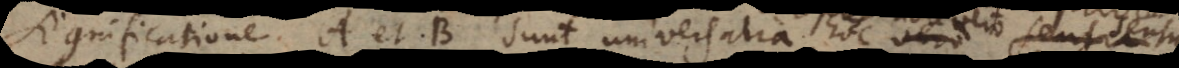
significatione A et B sunt universalia, hoc posteriore